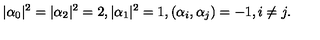
| \alpha _ { 0 } | ^ { 2 } = | \alpha _ { 2 } | ^ { 2 } = 2 , | \alpha _ { 1 } | ^ { 2 } = 1 , ( \alpha _ { i } , \alpha _ { j } ) = - 1 , i \neq j .